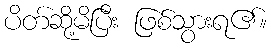
ပိတ်ဆို့မိပြီး ဖြစ်သွားရ၏။